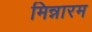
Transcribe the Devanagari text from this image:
मिन्नारम